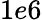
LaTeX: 1e6